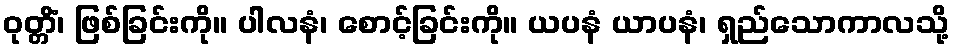
ဝုတ္တိံ၊ ဖြစ်ခြင်းကို။ ပါလနံ၊ စောင့်ခြင်းကို။ ယပနံ ယာပနံ၊ ရှည်သောကာလသို့